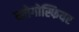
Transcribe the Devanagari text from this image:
ब्लोगोस्फियर